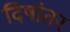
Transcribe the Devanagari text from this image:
दिषांतर